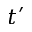
t ^ { \prime }